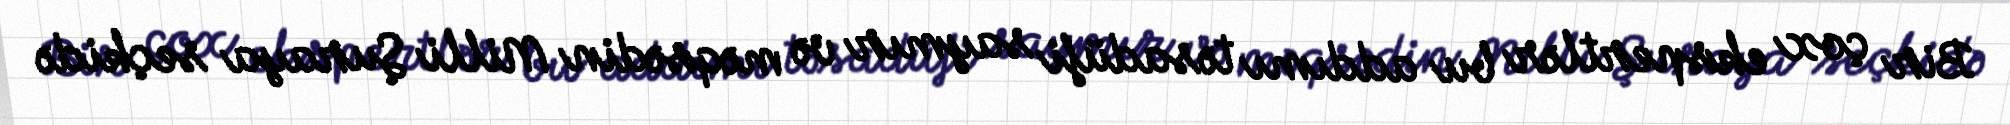
Bir çox ekspertlər bu addımı təsadüfi saymır və məqsədin Milli Şuraya seçkidə